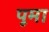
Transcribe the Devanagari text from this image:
पूमा